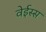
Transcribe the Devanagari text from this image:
वेईस्स